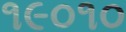
૧૯૦૧૦